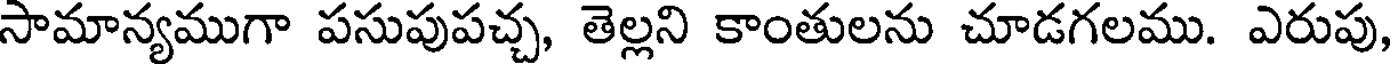
సామాన్యముగా పసుపుపచ్చ, తెల్లని కాంతులను చూడగలము. ఎరుపు,